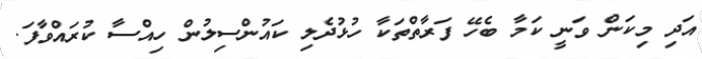
އަދި މިކަން ވަނީ ކަމާ ބެހޭ ފަރާތްތަކާ ހުޅުދެލި ކައުންސިލުން ހިއްސާ ކުރައްވާފަ.